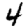
Digit: 4